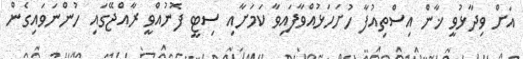
އަށް ވިދާޅުވީ ޚާން އިސްތިއުފާ ހުށަހަޅުއްވާފައިވާ ކަމަށާއި ސިޓީ ފޮނުއްވީ ރާއްޖޭގައި ހުންނަވައިގެން